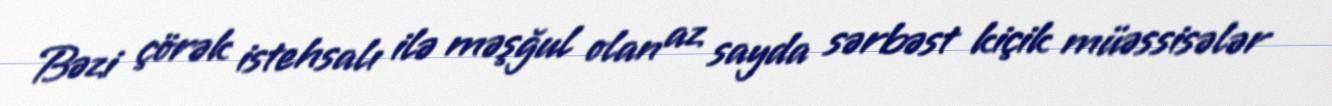
Bəzi çörək istehsalı ilə məşğul olan az sayda sərbəst kiçik müəssisələr